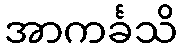
အာကင်္ခသိ